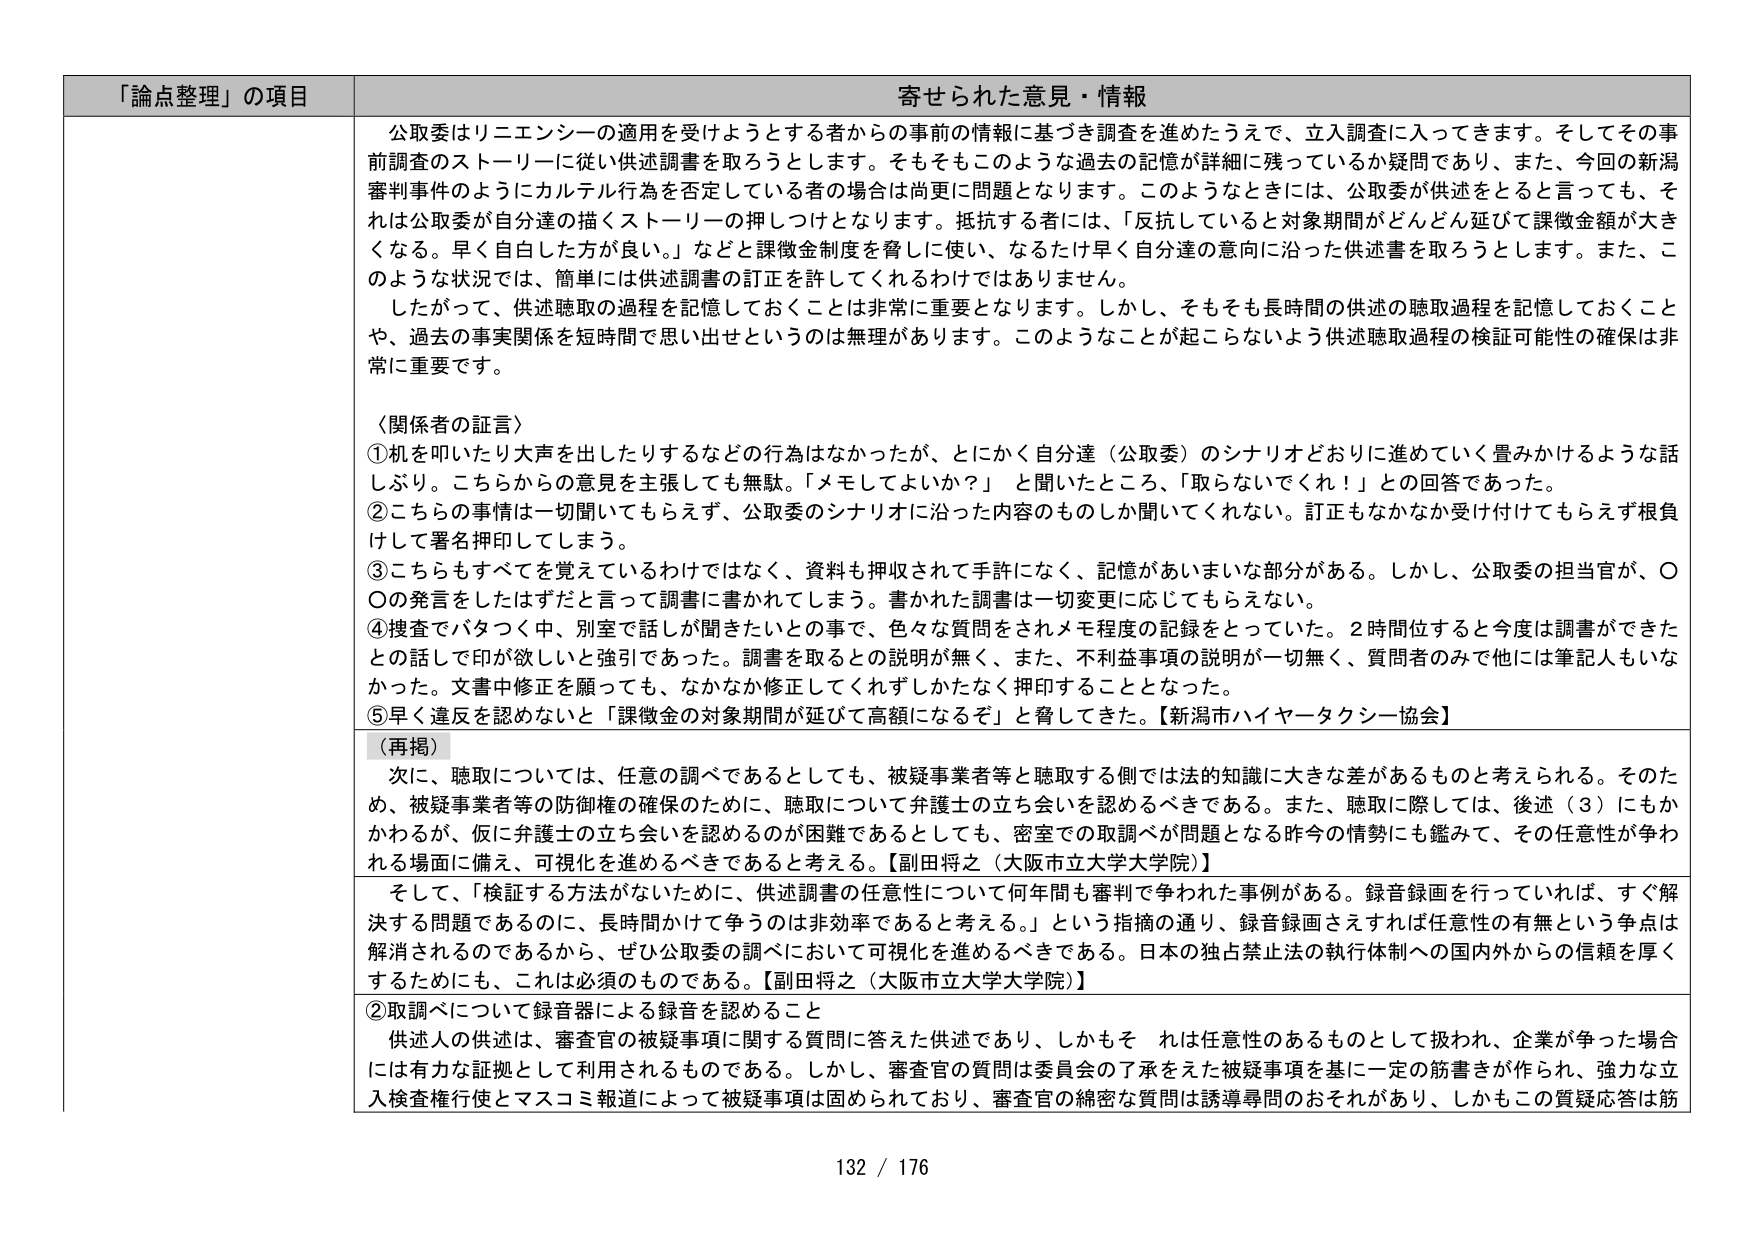
「論点整理」の項目 寄せられた意見・情報

公取委はリニエンシーの適用を受けようとする者からの事前の情報に基づき調査を進めたうえで、立入調査に入ってきます。そしてその事前調査のストーリーに従い供述調書を取ろうとします。そもそもこのような過去の記録が詳細に残っているか疑問であり、また、今回の新潟審判事件のようにカルテル行為を否定している者の場合は尚更に問題となります。このようなときには、公取委が供述をとると言っても、それは公取委が自分達の描くストーリーの押しつけとなります。抵抗する者には、「反抗していると対象期間がどんどん延びて課徴金額が大きくなる。早く自白した方が良い。」などと課徴金制度を脅しに使い、なるだけ早く自分達の意向に沿った供述書を取ろうとします。また、このような状況では、簡単には供述調書の訂正を許してくれるわけではありません。

したがって、供述聴取の過程を記憶しておくことは非常に重要となります。しかし、そもそも長時間の供述の聴取過程を記憶しておくことや、過去の事実関係を短時間で思い出せというのは無理があります。このようなことが起こらないよう供述聴取過程の検証可能性の確保は非常に重要です。

〈関係者の証言〉
①机を叩いたり大声を出したりするなどの行為はなかったが、とにかく自分達（公取委）のシナリオどおりに進めていく畳みかけるような話しぶり。こちらからの意見を主張しても無駄。「メモしてよいか？」と聞いたところ、「取らないでくれ！」との回答であった。
②こちらの事情は一切聞いてもらえず、公取委のシナリオに沿った内容のものしか聞いてくれない。訂正もなかなか受け付けてもらえず根負けして署名押印してしまう。
③こちらもすべてを覚えているわけではなく、資料も押収されて手許になく、記憶があいまいな部分がある。しかし、公取委の担当官が、〇〇の発言をしたはずだと言って調書に書かれてしまう。書かれた調書は一切変更に応じてもらえない。
④捜査でバタつく中、別室で話しが聞きたいとの事で、色々な質問をされメモ程度の記録をとっていた。2時間位すると今度は調書ができたとの話しで印が欲しいと強引であった。調書を取るとの説明が無く、また、不利益事項の説明が一切無く、質問者のみで他には筆記人もいなかった。文書中修正を願っても、なかなか修正してくれずしかたなく押印することとなった。
⑤早く違反を認めないと「課徴金の対象期間が延びて高額になるぞ」と脅してきた。【新潟市ハイヤータクシー協会】

（再掲）
次に、聴取については、任意の調べであるとしても、被疑事業者等と聴取する側では法的知識に大きな差があるものと考えられる。そのため、被疑事業者等の防御権の確保のために、聴取について弁護士の立ち会いを認めるべきである。また、聴取に際しては、後述（3）にもかかわるが、仮に弁護士の立ち会いを認めるのが困難であるとしても、密室での取調べが問題となる昨今の情勢にも鑑みて、その任意性が争われる場面に備え、可視化を進めるべきであると考える。【副田将之（大阪市立大学大学院）】

そして、「検証する方法がないために、供述調書の任意性について何年間も審判で争われた事例がある。録音録画を行っていれば、すぐ解決する問題であるのに、長時間かけて争うのは非効率であると考える。」という指摘の通り、録音録画さえすれば任意性の有無という争点は解消されるのであるから、ぜひ公取委の調べにおいて可視化を進めるべきである。日本の独占禁止法の執行体制への国内外からの信頼を厚くするためにも、これは必須のものである。【副田将之（大阪市立大学大学院）】

②取調べについて録音器による録音を認めること
供述人の供述は、審査官の被疑事項に関する質問に答えた供述であり、しかもそれは任意性のあるものとして扱われ、企業が争った場合には有力な証拠として利用されるものである。しかし、審査官の質問は委員会の了承をえた被疑事項を基に一定の筋書きが作られ、強力な立入検査権行使とマスコミ報道によって被疑事項は固められており、審査官の綿密な質問は誘導尋問のおそれがあり、しかもこの質疑応答は筋

132 / 176